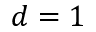
d = 1